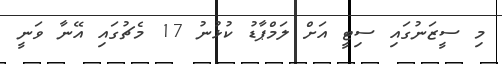
މި ސީޒަނުގައި ސިޓީ އަށް ލަމްޕާޑު ކުޅުނު 17 މެޗުގައި އޭނާ ވަނީ